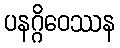
ပနဂ္ဂိဝေဿန